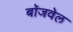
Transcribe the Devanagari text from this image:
बॉजवेल